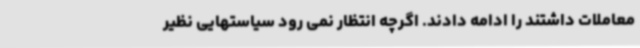
معاملات داشتند را ادامه دادند. اگرچه انتظار نمی رود سیاستهایی نظیر